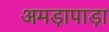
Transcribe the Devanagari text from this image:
अमड़ापाड़ा